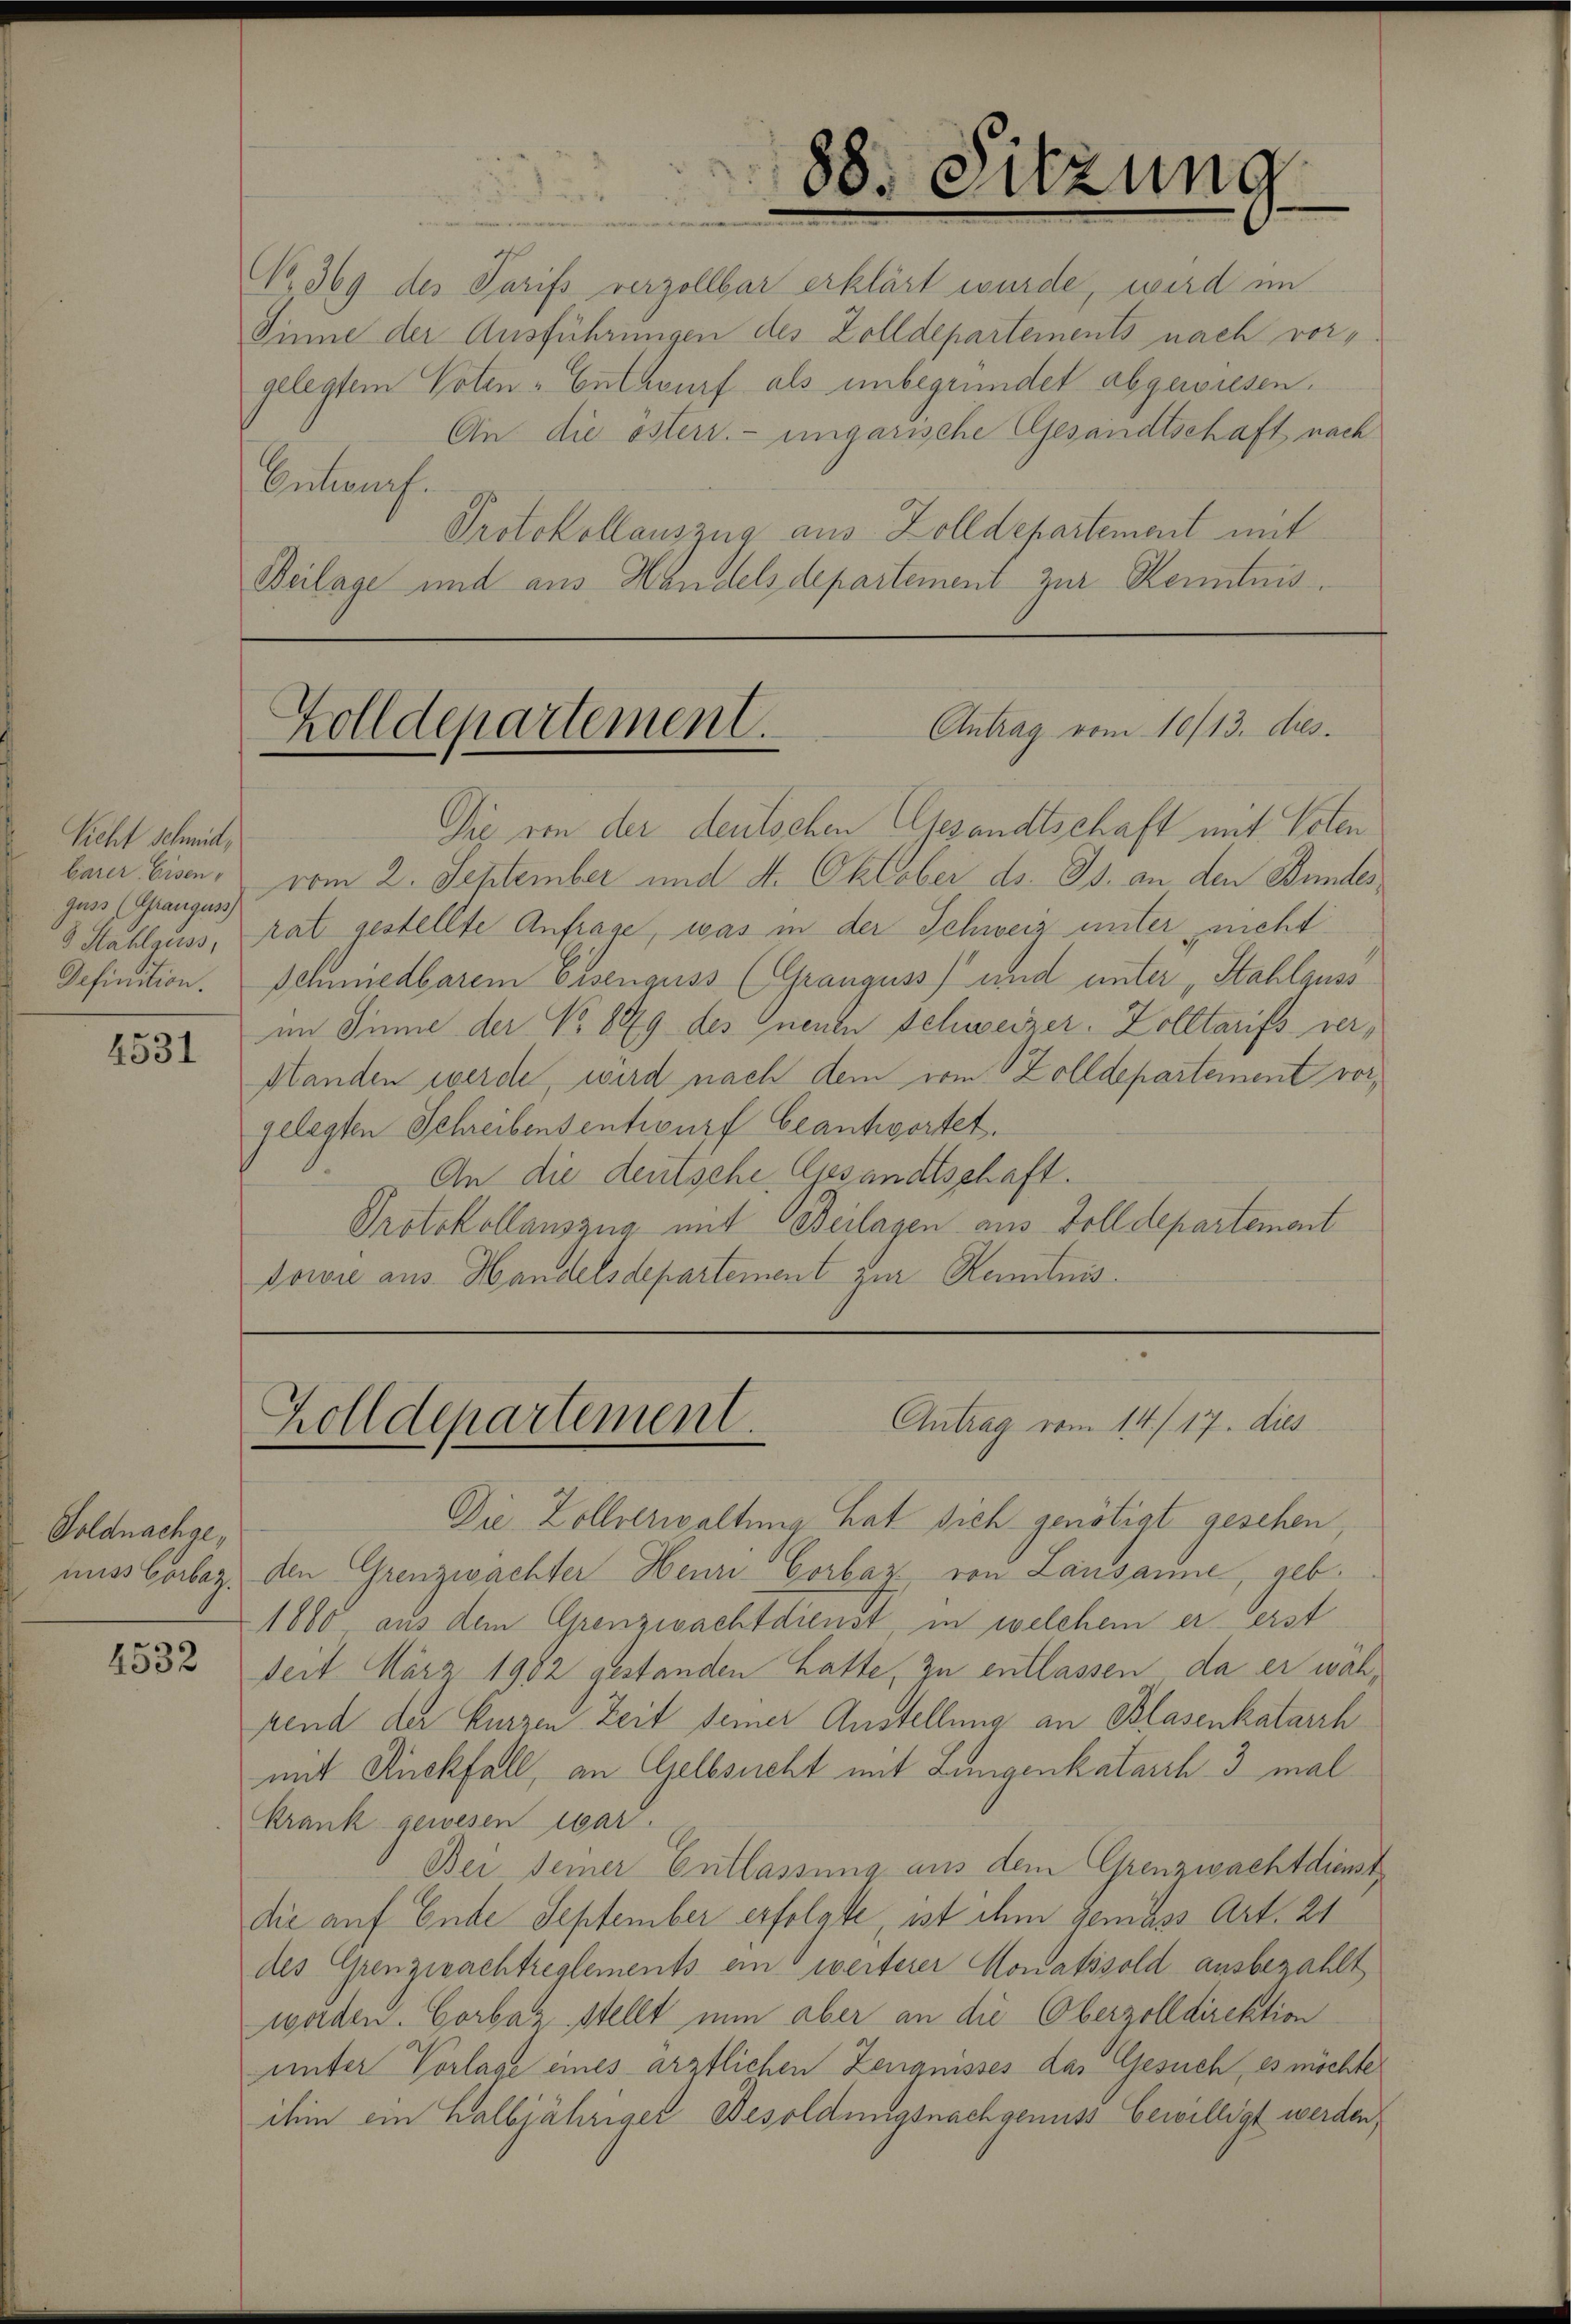
Richt Schmid,
barer Eisen-
guss (Granguss)
8 Hahlguss,
Definition.

4531

Soldnachge,

4532

No. 369 des Tarifs verzollbar erklärt wurde, wird im
Sinne der Ausführungen des Zolldepartements nach vorgelegtem Voten - Entwurf als unbegründet abgewiesen,
An die österr. ungarische Gesandtschaft nach
Entwurf.
Protokollauszug aus Zolldepartement mit
Beilage und aus Handels departement zur Kenntnis¬

88. Sitzung

Antrag vom 10/13. dies
Zolldepartement.

Antrag vom 14. 17. dies
Holldepartement.

Die von der deutschen Gesandtschaft mit Voten
vom 2. September und 4. Oktober d. Js. an den Bundes
rat gestellte Anfrage, was in der Schweiz unter nicht
Schmiedbarem Eisenguss (Granguss) und unter „Stahlguss
im Sinne der No 849 des neuen Schweizer. Zolltarifs verstanden werde, wird nach dem vom Zolldepartement vorgelegten Schreibensentwurf beantwortet.
An die deutsche Gesandtschaft.
Protokollauszug mit Beilagen aus Zolldepartement
Dowie aus Handelsdepartement zur Kenntnis.

Die Zollverwaltung hat sich genötigt gesehen,
nuss barbez. den Grenzwachter Heure Corbar von Lausanne, geb.
1800 aus dem Grenzwachtdienst, in welchem er erst
seit März 1982 gestanden hatte, zu entlassen, da er während der kurzen Zeit seiner Anstellung an Blasenkatarrh
mit Rückfall, an Gelbsucht mit Lungenkatasch 3 mal
Krank gewesen war.
Bei seiner Entlassung aus dem Grenzwachtdienst
die auf Ende September erfolgte, ist ihm gemäss Art. 24
des Grenzwachtreglements ein weiterer Monatssold ausbezahlt
worden. Corbaz stellt nun aber an die Oberzolldirektion
unter Vorlage eines ärztlichen Zeugnisses das Gesuch, es möchte
ihin ein halbjähriger Besoldungsnachgenuss bewilligt werden,